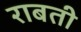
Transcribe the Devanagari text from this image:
राबती